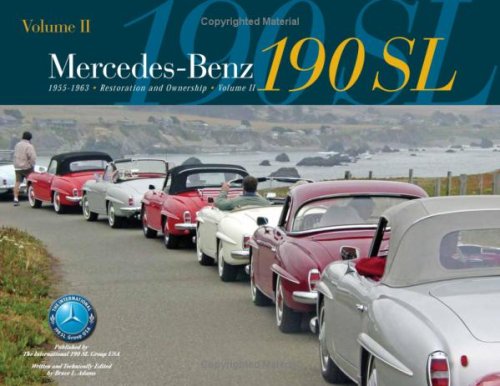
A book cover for Mercedes-Benz 190SL Restoration & Ownership Volume 2; Bruce L. Adams; Engineering & Transportation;